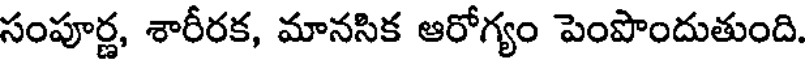
సంపూర్ణ, శారీరక, మానసిక ఆరోగ్యం పెంపొందుతుంది.